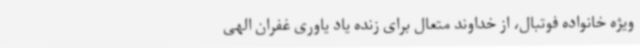
ویژه خانواده فوتبال، از خداوند متعال برای زنده یاد یاوری غفران الهی